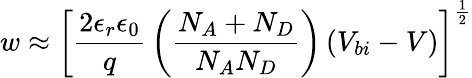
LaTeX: w\approx\left[{\frac{2\epsilon_{r}\epsilon_{0}}{q}}\left({\frac{N_{A}+N_{D}}{N_{A}N_{D}}}\right)\left(V_{bi}-V\right)\right]^{\frac{1}{2}}